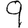
Digit: 9